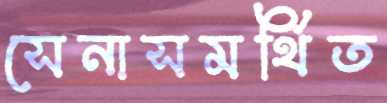
সেনাসমর্থিত